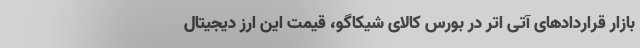
بازار قرارداد‌های آتی اتر در بورس کالای شیکاگو، قیمت این ارز دیجیتال